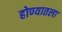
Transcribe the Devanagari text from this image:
होण्यातला